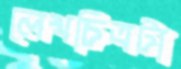
লেখচিত্রটা